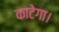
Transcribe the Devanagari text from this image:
काटेगा।